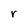
Character: r